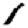
Digit: 1